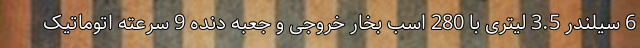
6 سیلندر 3.5 لیتری با 280 اسب بخار خروجی و جعبه دنده 9 سرعته اتوماتیک